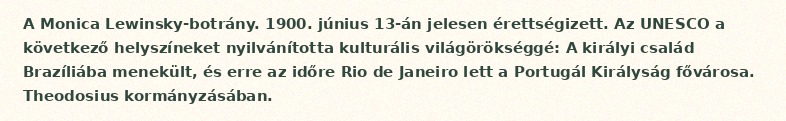
A Monica Lewinsky-botrány. 1900. június 13-án jelesen érettségizett. Az UNESCO a következő helyszíneket nyilvánította kulturális világörökséggé: A királyi család Brazíliába menekült, és erre az időre Rio de Janeiro lett a Portugál Királyság fővárosa. Theodosius kormányzásában.